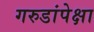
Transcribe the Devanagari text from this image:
गरुडांपेक्षा